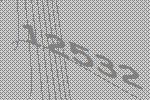
12532